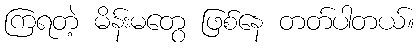
ကြရတဲ့ မိန်းမတွေ ဖြစ်နေ တတ်ပါတယ်။